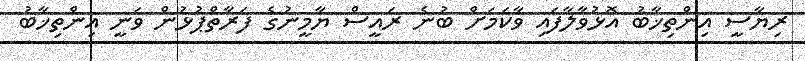
ރިޔާސީ އިންތިޚާބު އޮޅުވާލާފައި ވާކަމަށް ބުނެ ރައީސް ޔާމީނުގެ ފަރާތްޕުޅުން ވަނީ އިންތިޚާބު